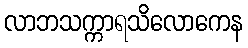
လာဘသက္ကာရသိလောကေန